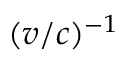
( v / c ) ^ { - 1 }